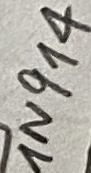
Text: 1N914